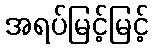
အရပ်မြင့်မြင့်